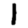
Digit: 1